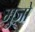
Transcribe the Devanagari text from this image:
मुज़ो